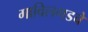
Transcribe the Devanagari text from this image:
गाविलगडचे